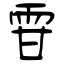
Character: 雸